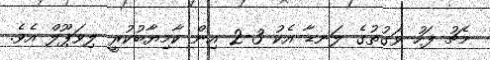
މެޗު ފަހު ވަގުތުގެ ލަނޑާ އެކު 3-2 އިން ކާމިޔާބުކުރީ ލިވަޕޫލް އެވެ.